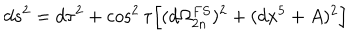
LaTeX: d s ^ { 2 } = d \tau ^ { 2 } + \cos ^ { 2 } \tau \Big [ ( d \Omega _ { 2 n } ^ { F S } ) ^ { 2 } + ( d x ^ { 5 } + A ) ^ { 2 } \Big ]